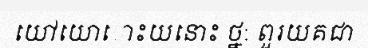
យៅយោោះយនោះ ថ្ន: ពួរយគជា